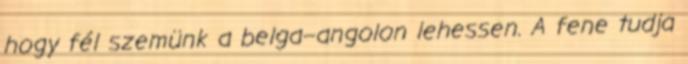
hogy fél szemünk a belga–angolon lehessen. A fene tudja